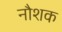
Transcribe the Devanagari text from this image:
नौशक